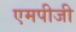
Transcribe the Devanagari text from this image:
एमपीजी